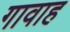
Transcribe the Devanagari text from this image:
गावाह